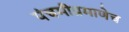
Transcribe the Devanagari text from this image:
पंचमीप्रमाणेच